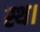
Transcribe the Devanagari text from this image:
स्थ।